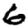
Digit: 6